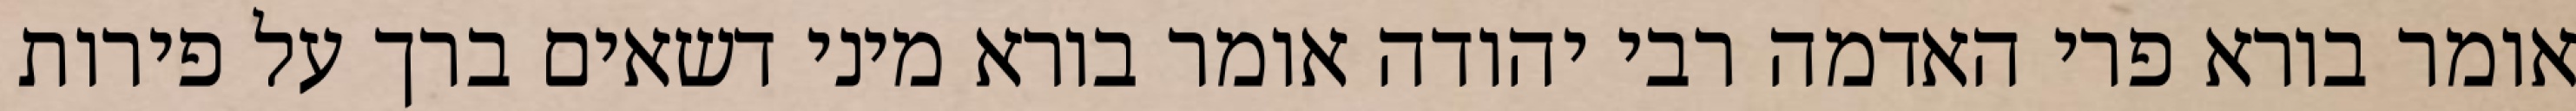
אומר בורא פרי האדמה רבי יהודה אומר בורא מיני דשאים ברך על פירות